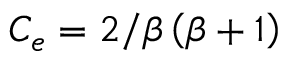
C _ { e } = 2 / \beta \left( \beta + 1 \right)